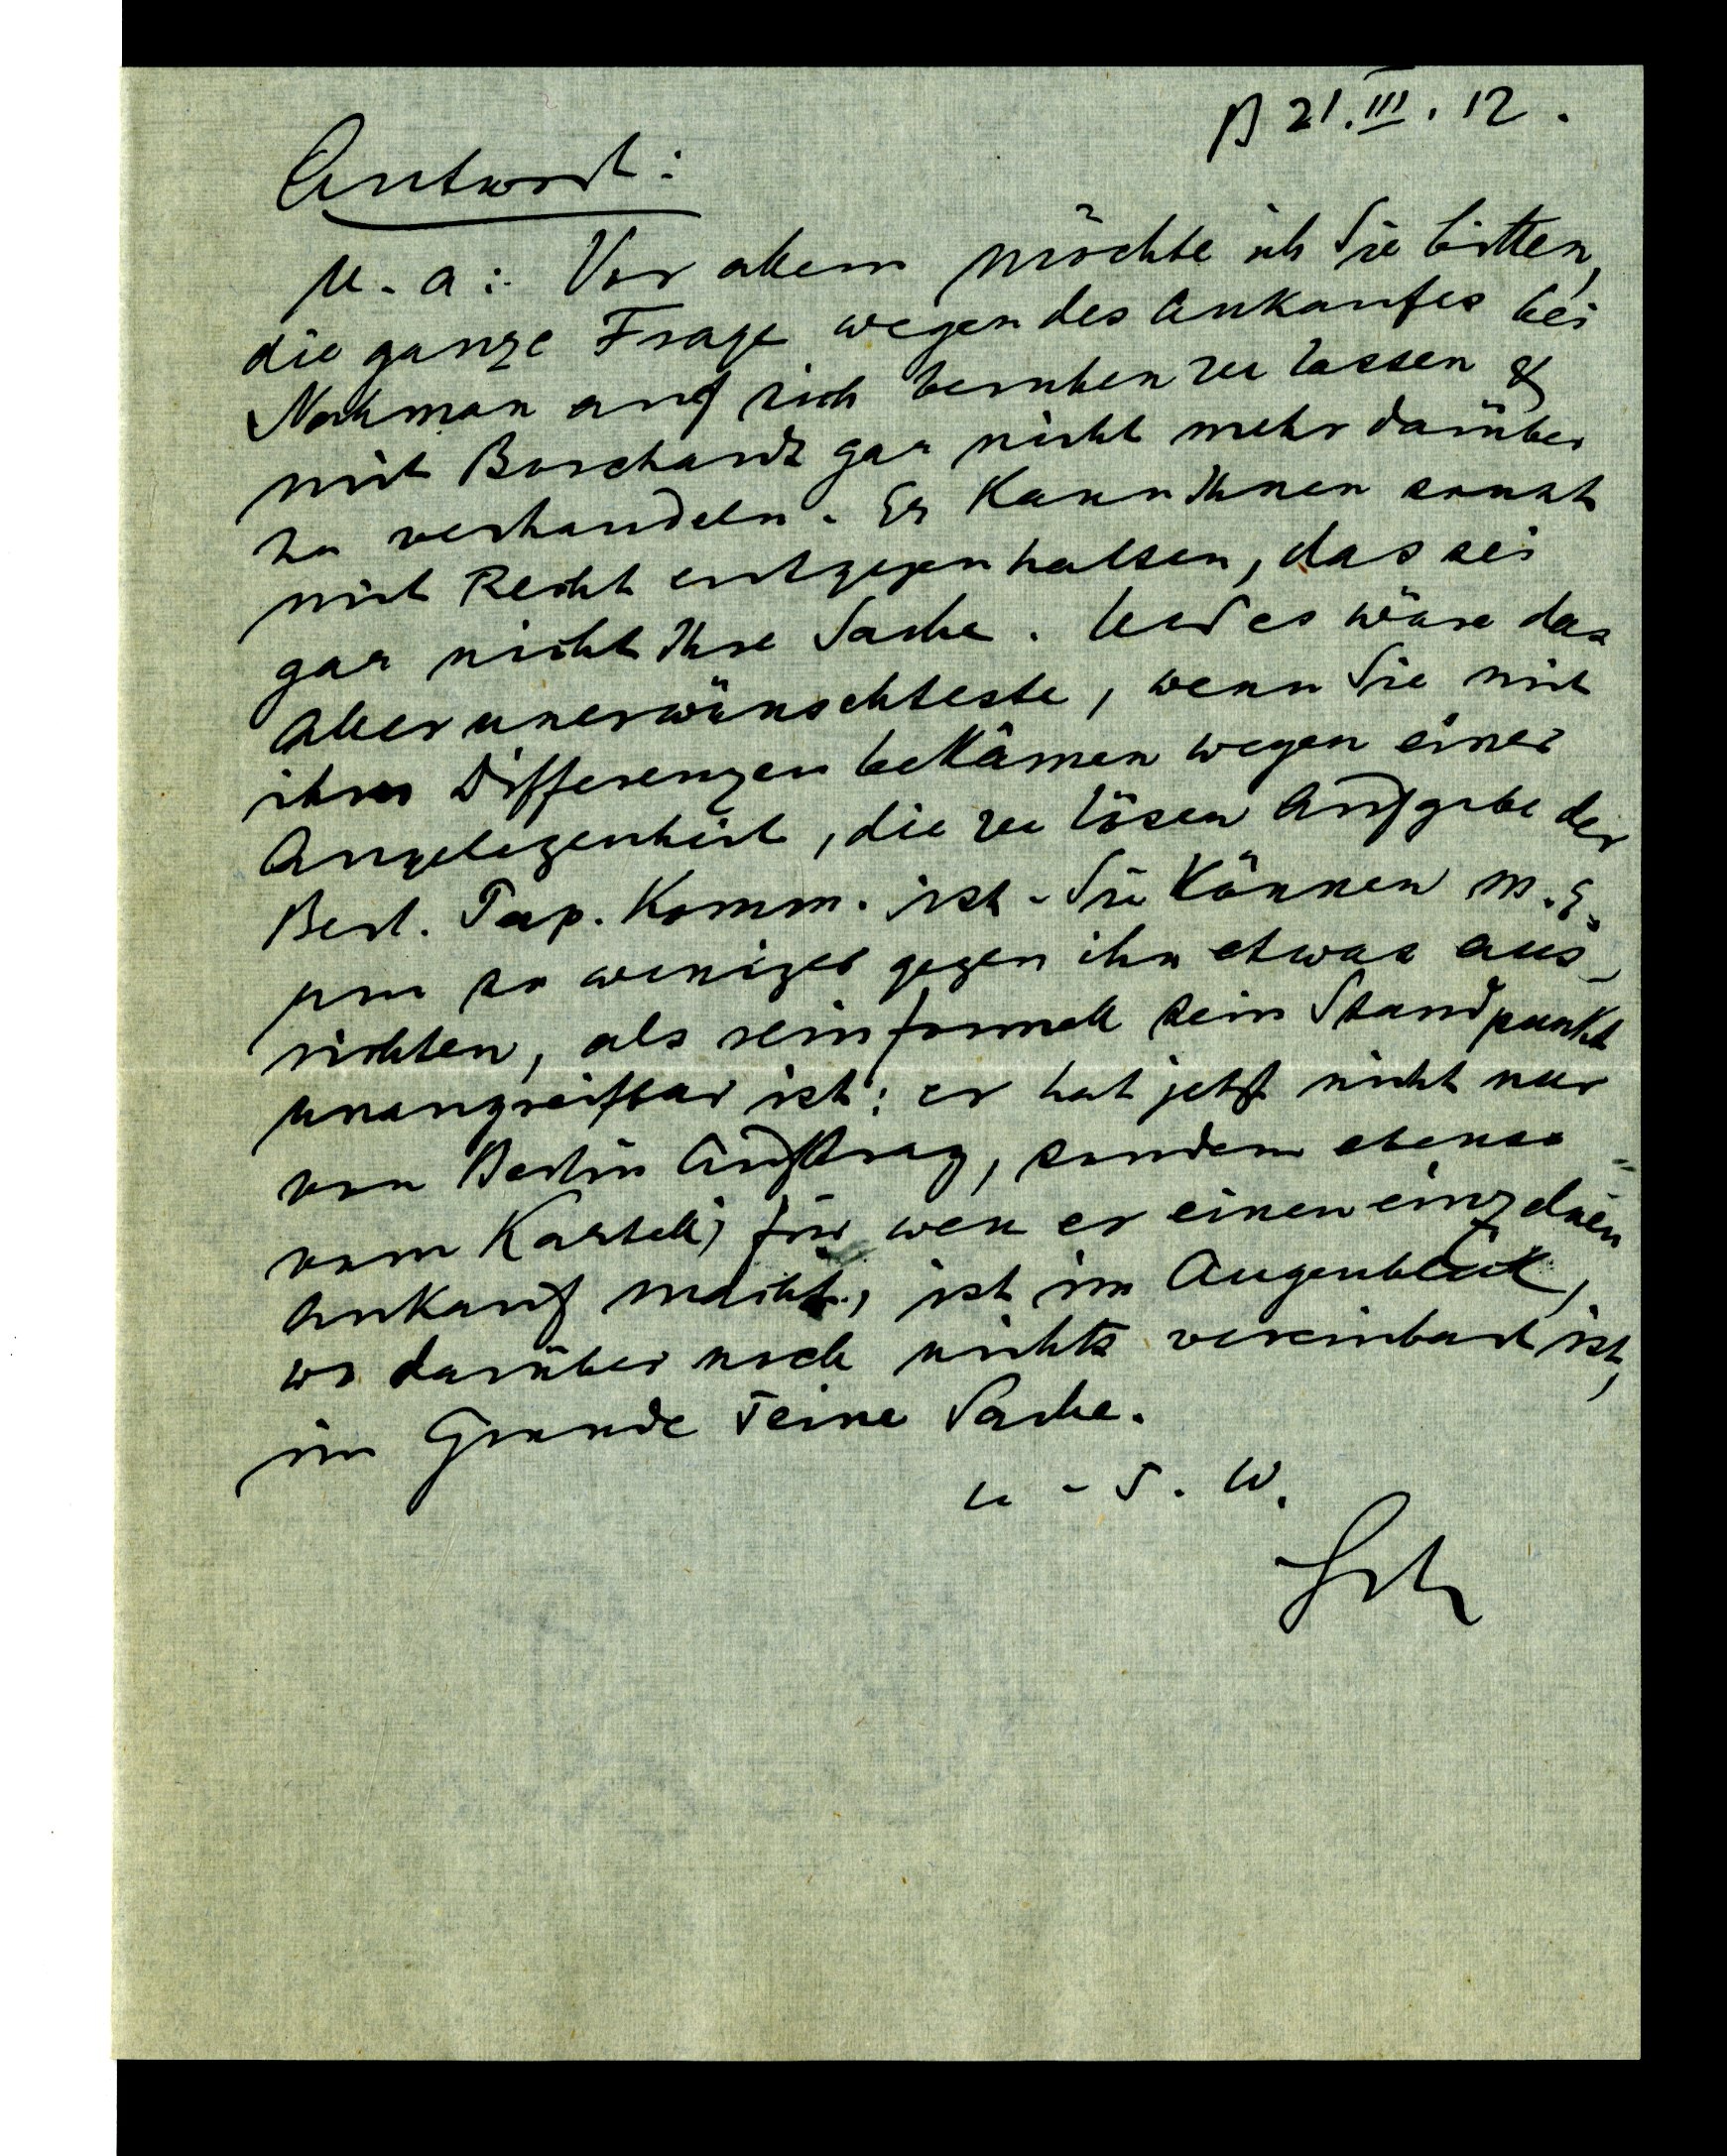
B 21. III. 12.
Antwort:
u.a: Vor allem möchte ich Sie bitten,
die ganze Frage wegen des Ankaufes bei
Nahman auf sich beruhen zu lassen
mit Borchardt gar nicht mehr darüber
zu verhandeln. Er kann Ihnen sonst
mit Recht entgegen halten, das sei
gar nicht Ihre Sache. Und es wäre das
aller unerwünschteste, wenn Sie mir
ihren Differenzen bekämen wegen einer
Angelegenheit, die zu lösen Aufgabe der
Berl. Pap. Komm. ist. Sie können m. E.
um so weniger gegen ihn etwas aus¬
richten, als rein formell sein Standpunkt
unangreifbar ist: er hat jetzt nicht nur
von Berlin Auftrag, sondern etwas
vom Kartell; für wen er einen einzelnen
Ankauf macht, ist im Augenblick,
da darüber noch nichts vereinbart ist,
im Grunde seine Sache.
u.s.w.
Sch